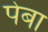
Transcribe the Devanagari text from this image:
पेबा